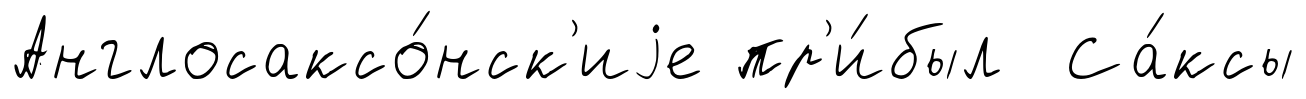
Англосаксо́нск'иjе пр'и́был Са́ксы